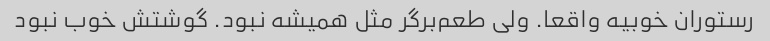
رستوران خوبیه واقعا. ولی طعم‌برگر مثل همیشه نبود. گوشتش خوب نبود